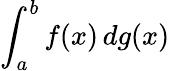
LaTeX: \int_{a}^{b}f(x)\, dg(x)